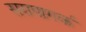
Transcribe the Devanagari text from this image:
सरापागर्क